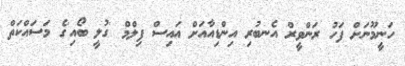
ހަނީމޫނަށް ފަހު ރަންވީރް އެނބުރި އިންޑިއާއަށް އައިސް ފިލްމް 'ގުލީ ބޯއި'ގެ މަސައްކަތް